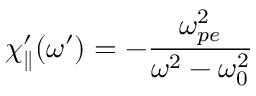
\chi _ { \parallel } ^ { \prime } ( \omega ^ { \prime } ) = - \frac { \omega _ { p e } ^ { 2 } } { \omega ^ { 2 } - \omega _ { 0 } ^ { 2 } }